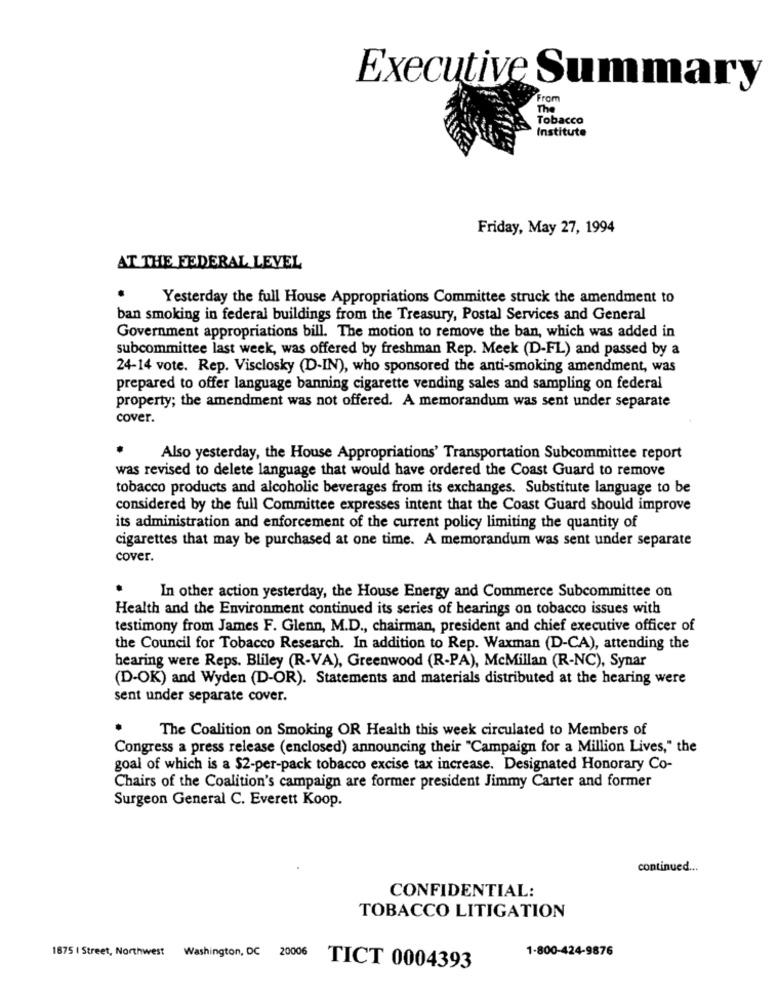
Executive Summary
From
The
Tobacco
Institute
Friday, May 27, 1994
AT THE FEDERAL LEVEL
Yesterday the full House Appropriations Committee struck the amendment to
ban smoking in federal buildings from the Treasury, Postal Services and General
Government appropriations bill. The motion to remove the ban, which was added in
subcommittee last week, was offered by freshman Rep. Meek (D-FL) and passed by a
24-14 vote. Rep. Visclosky (D-IN), who sponsored the anti-smoking amendment, was
prepared to offer language banning cigarette vending sales and sampling on federal
property; the amendment was not offered. A memorandum was sent under separate
cover.
Also yesterday, the House Appropriations' Transportation Subcommittee report
was revised to delete language that would have ordered the Coast Guard to remove
tobacco products and alcoholic beverages from its exchanges. Substitute language to be
considered by the full Committee expresses intent that the Coast Guard should improve
its administration and enforcement of the current policy limiting the quantity of
cigarettes that may be purchased at one time. A memorandum was sent under separate
cover.
In other action yesterday, the House Energy and Commerce Subcommittee on
Health and the Environment continued its series of hearings on tobacco issues with
testimony from James F. Glenn, M.D ., chairman, president and chief executive officer of
the Council for Tobacco Research. In addition to Rep. Waxman (D-CA), attending the
hearing were Reps. Bliley (R-VA), Greenwood (R-PA), McMillan (R-NC), Synar
(D-OK) and Wyden (D-OR). Statements and materials distributed at the hearing were
sent under separate cover.
The Coalition on Smoking OR Health this week circulated to Members of
Congress a press release (enclosed) announcing their "Campaign for a Million Lives," the
goal of which is a $2-per-pack tobacco excise tax increase. Designated Honorary Co-
Chairs of the Coalition's campaign are former president Jimmy Carter and former
Surgeon General C. Everett Koop.
continued ...
CONFIDENTIAL:
TOBACCO LITIGATION
1-800-424-9876
1875 | Street, Northwest Washington, DC 20006
TICT 0004393